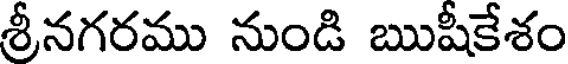
శ్రీనగరము నుండి ఋషీకేశం